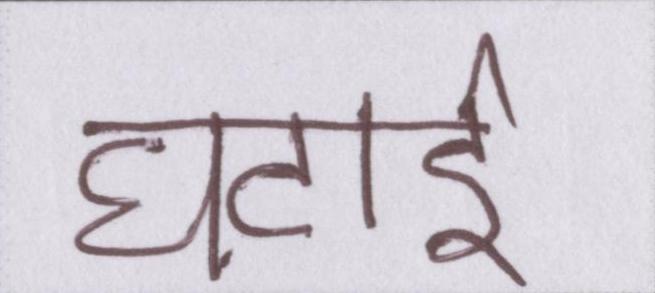
घटाई